Report on vaccination in Madras 1895-1903 - 1895-1903
Year: 1895
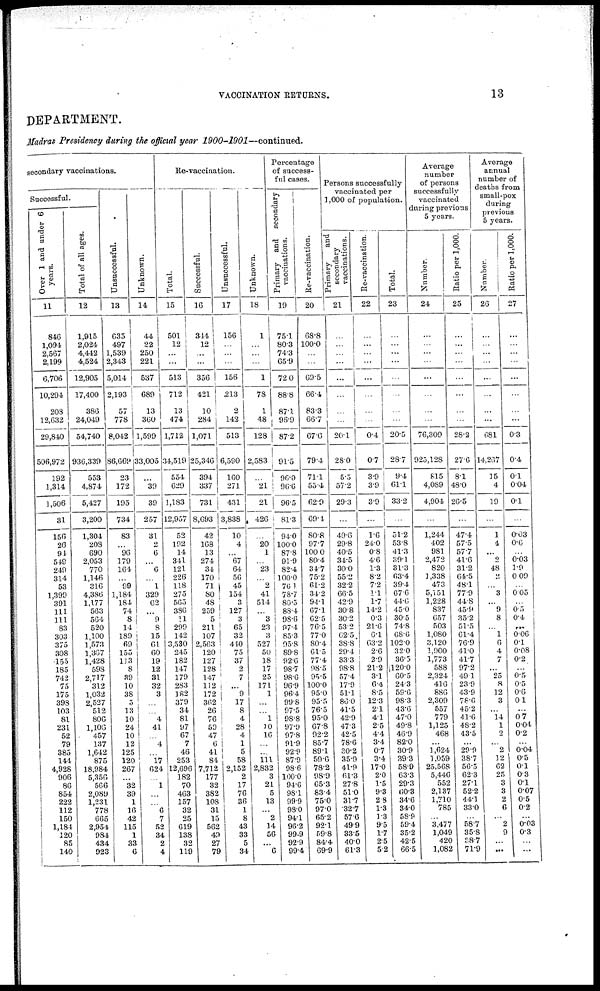
VACCINATION RETURNS.
13
DEPARTMENT.
Madras Presidency during the official year
1900-1901—continued.
secondary vaccinations.
Successful.
Over 1 and under 6
years.
11
846
1,094
2,567
2,199
6,706
10,294
208
12,632
29,840
506,972
192
1,314
1,506
31
156
26
91
549
249
314
53
1,399
391
111
111
83
303
375
308
155
185
742
75
175
398
103
81
231
52
79
385
144
4,928
906
86
854
222
112
150
1,184
120
85
140
Total of all ages.
12
1,915
2,024
4,442
4,524
12,905
17,400
386
24,049
54,740
936,339
553
4,874
5,427
3,200
1,304
208
690
2,053
770
1,146
316
4,386
1,177
563
564
520
1,100
1,573
1,367
1,428
598
2,717
312
1,032
2,527
512
806
1,106
457
137
1,642
875
18,984
5,356
566
2,089
1,231
778
665
2,954
984
434
923
Unsuccessful.
13
635
497
1,539
2,343
5,014
2,193
57
778
8,042
86,669
23
172
195
734
83
...
96
179
164
...
99
1,184
184
74
8
14
189
69
155
113
8
39
10
38
5
13
10
24
10
12
125
120
267
...
32
39
1
16
42
115
1
33
6
Unknown.
14
44
22
250
221
537
689
13
360
1,599
33,005
...
39
39
257
31
2
6
...
6
...
1
329
62
...
9
8
15
61
60
19
12
31
32
3
...
...
4
41
...
4
...
17
624
...
1
...
...
6
7
52
34
2
4
Re-vaccination.
Total.
15
501
12
...
...
513
712
13
474
1,712
34,519
554
629
1,183
12,957
52
192
14
341
121
226
118
275
565
386
11
299
142
3,530
245
182
147
179
283
182
379
34
81
97
67
7
46
253
12,696
182
70
463
157
32
25
619
138
32
119
Successful.
16
344
12
...
...
356
421
10
284
1,071
25,346
394
337
731
8,693
42
168
13
274
34
170
71
80
48
259
5
211
107
2,563
120
127
128
147
112
172
362
26
76
59
47
6
41
84
7,712
177
32
382
108
31
15
562
49
27
79
Unsuccessful.
17
156
...
...
...
156
213
2
142
513
6,590
160
271
431
3,838
10
4
...
67
64
56
45
154
3
127
3
65
32
440
75
37
2
7
...
9
17
8
4
28
4
1
5
58
2,152
2
17
76
36
1
8
43
33
5
34
Unknown.
18
1
...
...
...
1
78
1
48
128
2,583
...
21
21
426
...
20
1
...
23
...
2
41
514
...
3
23
3
527
50
18
17
25
171
1
...
...
1
10
16
...
...
111
2,832
3
21
5
13
...
2
14
56
...
6
Percentage
of success-
ful cases.
Primary and secondary
vaccinations.
19
75.1
80.3
74.3
65.9
72.0
88.8
87.1
96.9
87.2
91.5
96.0
96.6
96.5
81.3
94.0
100.0
87.8
91.9
82.4
100.0
76.1
78.7
80.5
88.4
98.6
97.4
85.3
95.8
89.8
92.6
98.7
98.6
96.9
96.4
99.8
97.5
98.8
97.9
97.8
91.9
92.9
87.9
98.6
100.0
94.6
98.1
99.9
98.0
94.1
96.2
99.9
92.9
99.4
Re-vaccination.
20
68.8
100.0
...
...
69.5
66.4
83.3
66.7
67.6
79.4
71.1
55.4
62.9
69.4
80.8
97.7
100.0
80.4
34.7
75.2
61.2
34.2
94.1
67.1
62.5
76.5
77.0
80.4
61.5
77.4
98.5
95.5
100.0
95.0
95.5
76.5
95.0
67.8
92.2
85.7
89.1
59.6
78.2
98.9
65.3
83.4
75.0
97.0
65.2
92.1
59.8
84.4
68.9
Persons successfully
vaccinated per
1,000 of population.
Primary
and
secondary
vaccinations.
21
...
...
...
...
...
...
...
...
20.1
28.0
5.5
57.2
29.3
...
49.6
29.8
40.5
34.5
30.0
55.2
32.2
66.5
42.9
30.8
30.2
53.2
62.5.
38.8
29.4
33.3
98.8
57.4
17.9
51.1
86.0
41.5
42.9
47.3
42.5
78.6
30.2
35.9
41.9
61.3
27.8
51.0
31.7
32.7
57.6
49.9
33.5
40.0
61.3
Re-vaccination.
22
...
...
...
...
...
...
...
...
0.4
0.7
3.9
3.9
3.9
...
1.6
24.0
0.8
4.6
1.3
8.2
7.2
1.1
1.7
14.2
0.3
21.6
6.1
63.2
2.6
2.9
21.2
3.1
6.4
8.5
12.3
2.1
4.1
2.5
4.4
3.4
0.7
3.4
17.0
2.0
1.5
9.3
2.8
1.3
1.3
9.5
1.7
2.5
5.2
Total.
23
...
...
...
...
...
...
...
...
20.5
28.7
9.4
61.1
33.2
...
51.2
53.8
41.3
39.1
31.3
63.4
39.4
67.6
44.6
45.0
30.5
74.8
68.6
102.0
32.0
36.5
120.0
60.5
24.3
59.6
98.3
43.6
47.0
49.8
46.9
82.0
30.9
39.3
58.9
63.3
29.3
60.3
34.6
34.0
58.9
59.4
35.2
42.5
66.5
Average
number
of persons
successfully
vaccinated
during previous
5 years.
Number.
24
...
...
...
...
...
...
...
...
76,309
925,128
815
4,089
4,904
...
1,244
402
981
2,472
820
1,338
473
5,151
1,228
837
657
503
1,080
3,120
1,900
1,773
588
2,324
416
886
2,309
557
779
1,125
468
...
1,624
1,059
25,568
5,446
552
2,137
1,710
785
...
3,477
1,049
420
1,082
Ratio per 1,000.
25
...
...
...
...
...
...
...
...
28.2
27.6
8.1
48.0
26.5
...
47.4
57.5
57.7
41.6
31.2
64.5
48.1
77.9
44.8
45.9
35.2
51.5
61.4
76.9
41.0
41.7
97.2
49.1
23.9
43.9
78.6
45.2
41.6
48.2
43.5
...
29.9
38.7
56.5
62.3
27.1
52.2
44.1
33.0
...
58.7
35.8
38.7
71.9
Average
annual
number of
deaths from
small-pox
during
previous
5 years.
Number.
26
...
...
...
...
...
...
...
...
681
14,267
15
4
19
...
1
4
...
2
48
2
...
3
...
9
8
...
1
6
4
7
...
25
8
12
3
...
14
1
2
...
2
12
62
25
3
3
2
6
...
2
9
...
...
Ratio per 1,000.
27
...
...
...
...
...
...
...
...
0.3
0.4
0.1
0.04
0.1
...
0.03
0.6
...
0.03
1.9
0.09
...
0.05
...
0.5
0.4
...
0.06
0.1
0.08
0.2
...
0.5
0.5
0.6
0.1
...
0.7
0.04
0.2
...
0.04
0.5
0.1
0.3
0.1
0.07
0.5
0.2
...
0.03
0.3
...
...